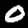
Label: 0